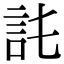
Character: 𧥫